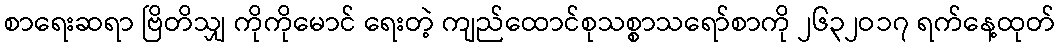
စာရေးဆရာ ဗြိတိသျှ ကိုကိုမောင် ရေးတဲ့ ကျည်ထောင်စုသစ္စာသရော်စာကို ၂၆၃၂ဝ၁၇ ရက်နေ့ထုတ်